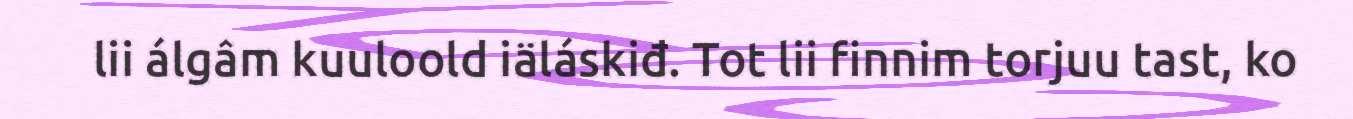
lii álgâm kuuloold iäláskiđ. Tot lii finnim torjuu tast, ko